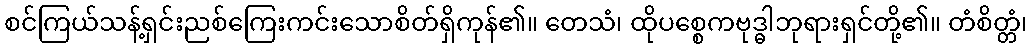
စင်ကြယ်သန့်ရှင်းညစ်ကြေးကင်းသောစိတ်ရှိကုန်၏။ တေသံ၊ ထိုပစ္စေကဗုဒ္ဓါဘုရားရှင်တို့၏။ တံစိတ္တံ၊